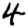
Digit: 4